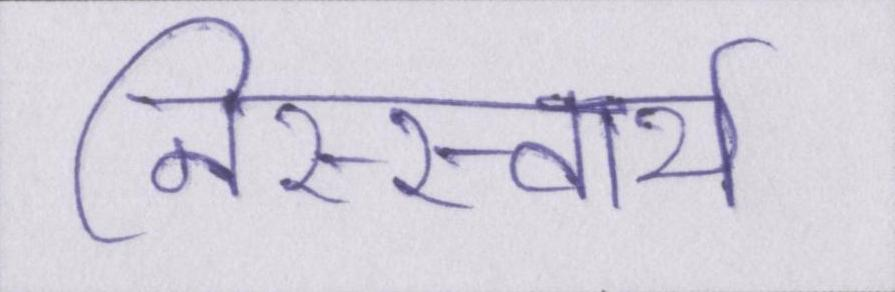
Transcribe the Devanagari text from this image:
निस्स्वार्थ